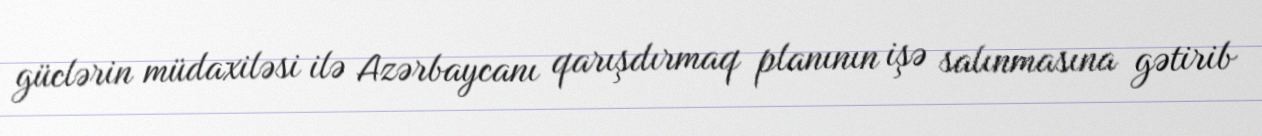
güclərin müdaxiləsi ilə Azərbaycanı qarışdırmaq planının işə salınmasına gətirib